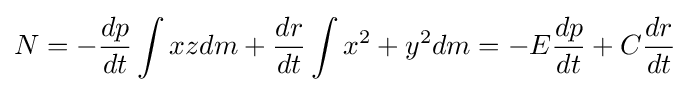
N=-{\frac {dp}{dt}}\int xzdm+{\frac {dr}{dt}}\int x^{2}+y^{2}dm=-E{\frac {dp}{dt}}+C{\frac {dr}{dt}}